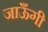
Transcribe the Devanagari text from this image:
जाऊँगी